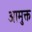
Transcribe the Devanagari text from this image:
आमुक्त